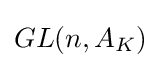
GL(n,A_{K})